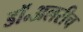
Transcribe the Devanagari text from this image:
डॉ॰अलरीच